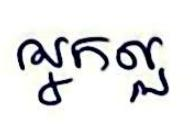
អ្នកល្អ